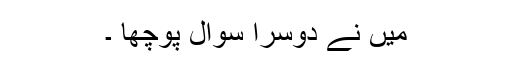
میں نے دوسرا سوال پوچھا ۔